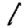
Digit: 1